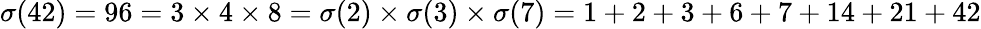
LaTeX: \sigma(42)=96=3\times 4\times 8=\sigma(2)\times\sigma(3)\times\sigma(7)=1+2+3+6+7+14+21+42